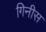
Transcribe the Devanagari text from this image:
गिनीस